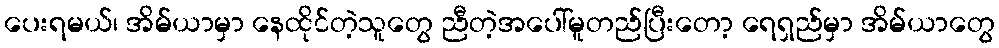
ပေးရမယ်၊ အိမ်ယာမှာ နေထိုင်တဲ့သူတွေ ညီတဲ့အပေါ်မူတည်ပြီးတော့ ရေရှည်မှာ အိမ်ယာတွေ